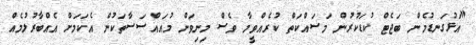
"އަޅުގަނޑުމެން ބަޖެޓް ކުޑަކުރުން މަސައްކަތް ކުރެއްވީމާ ވެސް މިނިވަން މުއައްސަސާތަކުން އެކަމަށް އެއްބާރުލުމެއް